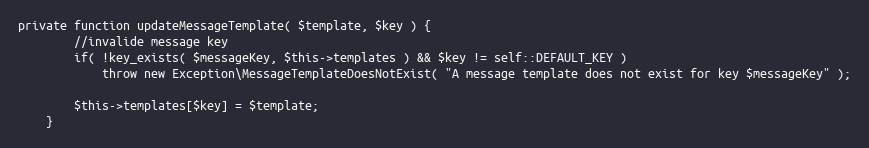
Language: PHP
private function updateMessageTemplate( $template, $key ) {
        //invalide message key
        if( !key_exists( $messageKey, $this->templates ) && $key != self::DEFAULT_KEY )
            throw new Exception\MessageTemplateDoesNotExist( "A message template does not exist for key $messageKey" );

        $this->templates[$key] = $template;
    }